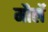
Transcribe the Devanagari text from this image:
मौर्ले